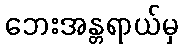
ဘေးအန္တရာယ်မှ